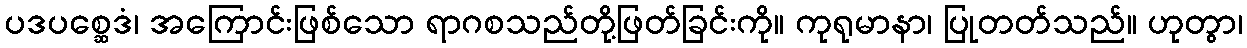
ပဒပစ္ဆေဒံ၊ အကြောင်းဖြစ်သော ရာဂစသည်တို့ဖြတ်ခြင်းကို။ ကုရုမာနာ၊ ပြုတတ်သည်။ ဟုတွာ၊